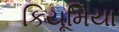
કિયૂમિયા